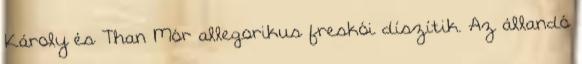
Károly és Than Mór allegorikus freskói díszítik. Az állandó